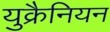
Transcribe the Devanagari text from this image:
युक्रैनियन